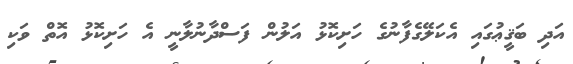
އަދި ބަޤީޢުގައި އެކަލޭގެފާނުގެ ހަށިކޮޅު އަލުން ފަސްދާނުލާނީ އެ ހަށިކޮޅު އޮތް ވަކި